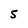
Character: 5